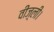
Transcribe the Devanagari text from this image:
वीज़्ली।